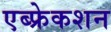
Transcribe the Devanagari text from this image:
एब्फ्रेकशन